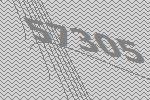
57305